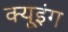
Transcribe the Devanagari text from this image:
क्यूइंग